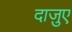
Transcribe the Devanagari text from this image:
दाज़ुए